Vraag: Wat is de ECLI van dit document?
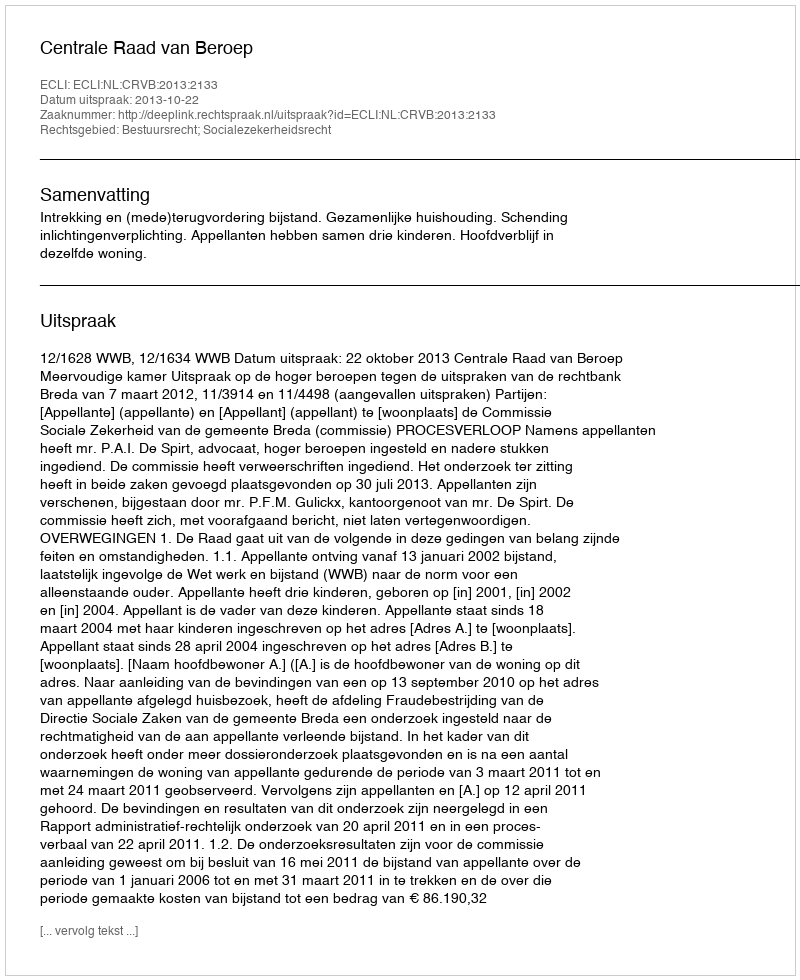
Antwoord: ECLI:NL:CRVB:2013:2133